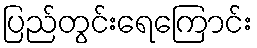
ပြည်တွင်းရေကြောင်း